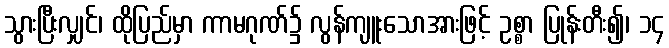
သွားပြီးလျှင်၊ ထိုပြည်မှာ ကာမဂုဏ်၌ လွန်ကျူးသောအားဖြင့် ဥစ္စာ ပြုန်းတီး၍၊ ၁၄